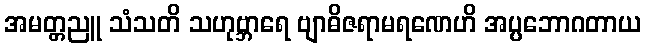
အမတ္တညူ သံသတိ သဟုဗ္ဘာရေ ဗျာဓိဇရာမရဏေဟိ အပ္ပဘောဂတာယ